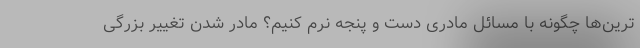
ترین‌ها چگونه با مسائل مادری دست و پنجه نرم کنیم؟ مادر شدن تغییر بزرگی